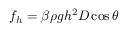
f _ { h } = \beta \rho g h ^ { 2 } D \cos \theta